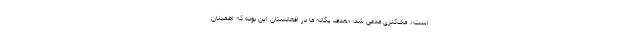
است». مک‌کنزی مدعی شد: «هدف یگانه ما در افغانستان این بوده که اطمینان